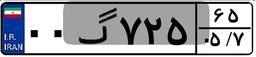
۰۰گ۷۲۵۶۵